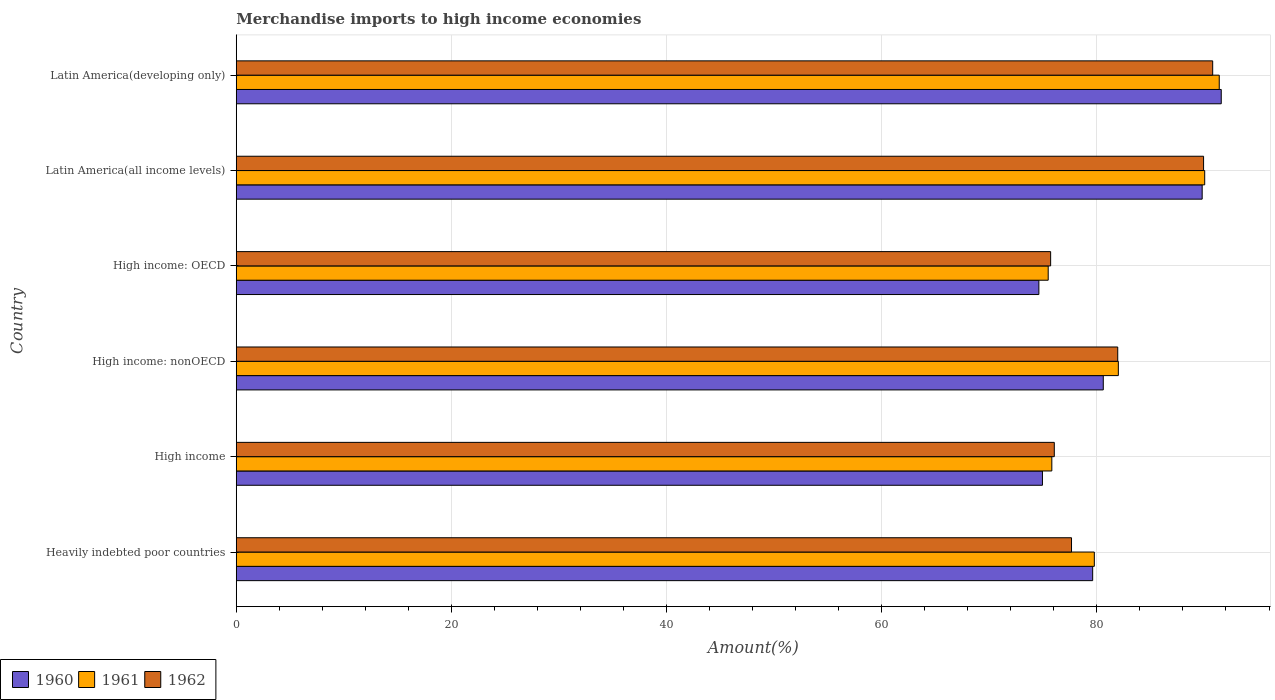
| Country | 1960 | 1961 | 1962 |
 | --- | --- | --- | --- |
 | Heavily indebted poor countries | 79.6 | 79.8 | 77.6 |
 | High income | 74.9 | 75.8 | 76 |
 | High income: nonOECD | 80.6 | 82 | 81.9 |
 | High income: OECD | 74.6 | 75.5 | 75.7 |
 | Latin America(all income levels) | 89.8 | 90 | 89.9 |
 | Latin America(developing only) | 91.6 | 91.4 | 90.8 |